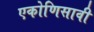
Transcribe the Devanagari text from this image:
एकोणिसावी